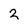
Character: 2